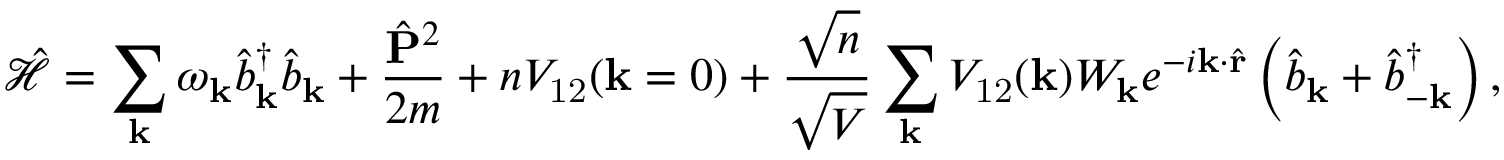
\mathcal { \hat { H } } = \sum _ { \mathbf { k } } \omega _ { \mathbf { k } } \hat { b } _ { \mathbf { k } } ^ { \dagger } \hat { b } _ { \mathbf { k } } + \frac { \hat { \mathbf { P } } ^ { 2 } } { 2 m } + n V _ { \mathrm { 1 2 } } ( \mathbf { k } = 0 ) + \frac { \sqrt { n } } { \sqrt { V } } \sum _ { \mathbf { k } } V _ { \mathrm { 1 2 } } ( \mathbf { k } ) W _ { \mathbf { k } } e ^ { - i \mathbf { k } \cdot \hat { \mathbf { r } } } \left( \hat { b } _ { \mathbf { k } } + \hat { b } _ { - \mathbf { k } } ^ { \dagger } \right) ,